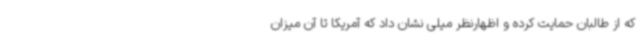
که از طالبان حمایت کرده و اظهارنظر میلی نشان داد که آمریکا تا آن میزان